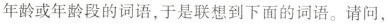
年龄或年龄段的词语，于是联想到下面的词语。请问，